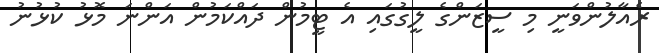
ރެއާލުންވަނީ މި ސީޒަންގެ ލީގުގައި އެ ޓީމުން ދައްކަމުން އަންނަ މޮޅު ކުޅުނު